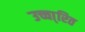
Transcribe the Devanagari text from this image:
उच्चा्रित